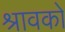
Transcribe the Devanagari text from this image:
श्रावको